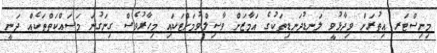
މިނިސްޓަރ އިތުރަށް ވިދާޅުވީ ލަނޑުދަނޑިތަކުގެ އަމާޒަށް ވާސިލްވުމަށްޓަކައި މިހާރުވެސް ގިނަގުނަ މަސައްކަތްތަކެއް ދަނީ